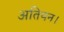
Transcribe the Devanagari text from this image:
अतियन।